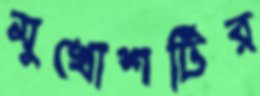
মুখোশটির